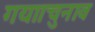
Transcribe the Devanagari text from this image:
गया।चुनाव